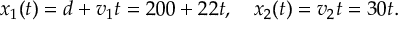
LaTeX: x _ { 1 } ( t ) = d + v _ { 1 } t = 2 0 0 + 2 2 t , \quad x _ { 2 } ( t ) = v _ { 2 } t = 3 0 t .